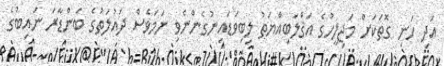
އަދި ހަނި ގޮތަކަށް މަޖިލީހުގެ އަޤްލަބިއްޔަތު ލިބިވަޑައިނުގެންނެވި ނަމަވެސް ދައުލަތުގެ ބަންޑާރަ ނައިބުގެ